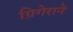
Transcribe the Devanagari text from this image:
ग्रिगेराने